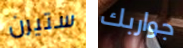
ستيرن جواربك